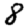
Digit: 8